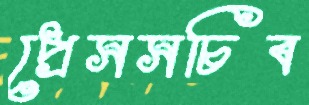
প্রেসসচিব